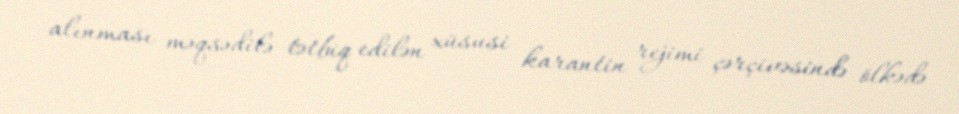
alınması məqsədilə tətbiq edilən xüsusi karantin rejimi çərçivəsində ölkədə